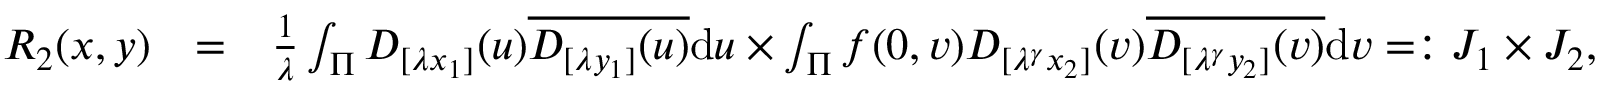
\begin{array} { r l r } { R _ { 2 } ( \boldsymbol { x } , \boldsymbol { y } ) } & { = } & { \frac { 1 } { \lambda } \int _ { \Pi } D _ { [ \lambda x _ { 1 } ] } ( u ) \overline { { D _ { [ \lambda y _ { 1 } ] } ( u ) } } \mathrm d u \times \int _ { \Pi } f ( 0 , v ) D _ { [ \lambda ^ { \gamma } x _ { 2 } ] } ( v ) \overline { { D _ { [ \lambda ^ { \gamma } y _ { 2 } ] } ( v ) } } \mathrm d v = : J _ { 1 } \times J _ { 2 } , } \end{array}